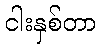
ငါးနှစ်တာ